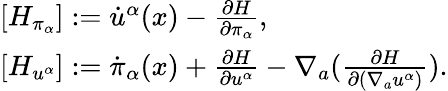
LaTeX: \begin{array}{l}{{[{H}_{\pi_{\alpha}}]:={\dot{u}}^{\alpha}(x)-\frac{\partial{H}}{\partial\pi_{\alpha}},}}\\ {{[{H}_{u^{\alpha}}]:={\dot{\pi}}_{\alpha}(x)+\frac{\partial{H}}{\partial u^{\alpha}}-\nabla_{a}(\frac{\partial{H}}{\partial(\nabla_{a}u^{\alpha})}).}}\end{array}